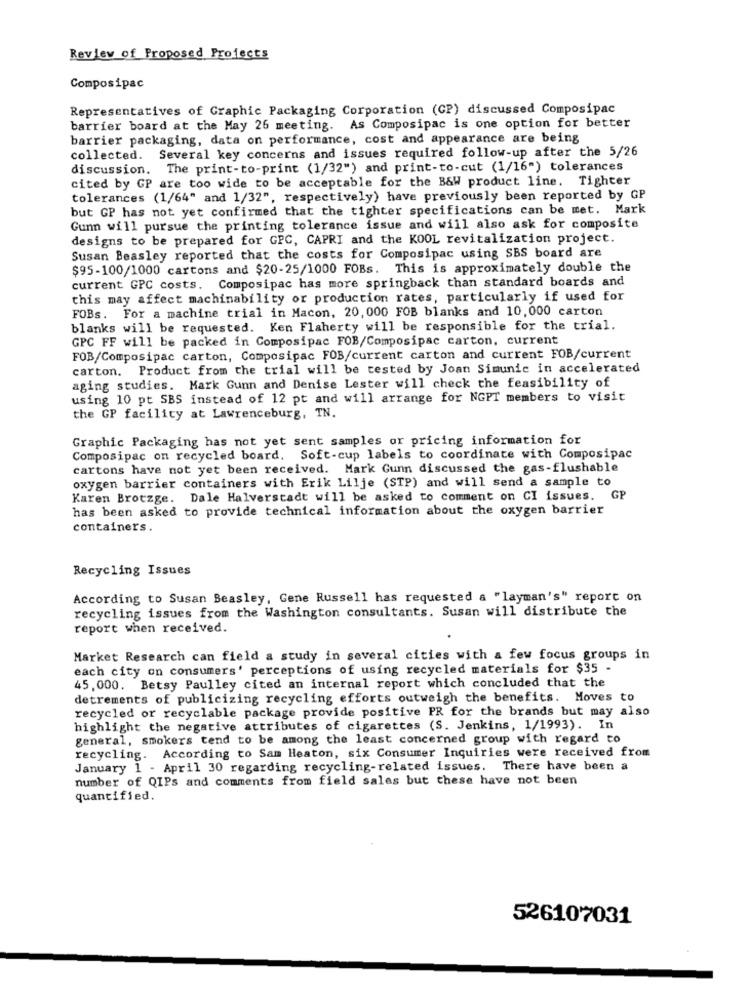
Review of Proposed Projects
Composipac
Representatives of Graphic Packaging Corporation (CP) discussed Composipac
barrier board at the May 26 meeting. As Composipac is one option for better
barrier packaging, data on performance, cost and appearance are being
collected. Several key concerns and issues required follow-up after the 5/26
discussion. The print-to-print (1/32") and print-to-cut (1/16") tolerances
cited by GP are too wide to be acceptable for the B&W product line. Tighter
tolerances (1/64" and 1/32", respectively) have previously been reported by GP
but GP has not yet confirmed that the tighter specifications can be met. Mark
Gunn will pursue the printing tolerance issue and will also ask for composite
designs to be prepared for GPC, CAPRI and the KOOL revitalization project.
Susan Beasley reported that the costs for Composipac using SBS board are
$95-100/1000 cartons and $20-25/1000 FOBs. This is approximately double the
current GPC costs. Composipac has more springback than standard boards and
this may affect machinability or production rates, particularly if used for
FOBs. For a machine trial in Macon, 20, 000 FOB blanks and 10, 000 carton
blanks will be requested. Ken Flaherty will be responsible for the trial.
GPC FF will be packed in Composipac FOB/Composipac carton, current
FOB/Composipac carton, Composipac FOB/current carton and current FOB/current
carton. Product from the trial will be tested by Joan Simunic in accelerated
aging studies. Mark Gunn and Denise Lester will check the feasibility of
using 10 pt SBS instead of 12 pt and will arrange for NGPT members to visit
the GP facility at Lawrenceburg, TN.
Graphic Packaging has not yet sent samples or pricing information for
Composipac on recycled board. Soft-cup labels to coordinate with Composipac
cartons have not yet been received. Mark Gunn discussed the gas-flushable
oxygen barrier containers with Erik Lilje (STP) and will send a sample to
Karen Brotzge. Dale Halverstadt will be asked to comment on CI issues. GP
has been asked to provide technical information about the oxygen barrier
containers.
Recycling Issues
According to Susan Beasley, Gene Russell has requested a "layman's" report on
recycling issues from the Washington consultants. Susan will distribute the
report when received.
Market Research can field a study in several cities with a few focus groups in
each city on consumers' perceptions of using recycled materials for $35
45, 000. Betsy Paulley cited an internal report which concluded that the
detrements of publicizing recycling efforts outweigh the benefits. Moves to
recycled or recyclable package provide positive PR for the brands but may also
highlight the negative attributes of cigarettes (S. Jenkins, 1/1993). In
general, smokers tend to be among the least concerned group with regard to
recycling. According to Sam Heaton, six Consumer Inquiries were received from
January 1 - April 30 regarding recycling-related issues. There have been a
number of QIPs and comments from field sales but these have not been
quantified.
526107031